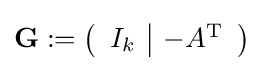
\mathbf {G} :={\begin{pmatrix}{\begin{array}{c|c}I_{k}&-A^{\text{T}}\\\end{array}}\end{pmatrix}}